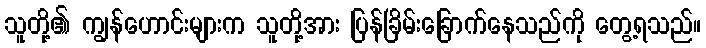
သူတို့၏ ကျွန်ဟောင်းများက သူတို့အား ပြန်ခြိမ်းခြောက်နေသည်ကို တွေ့ရသည်။